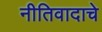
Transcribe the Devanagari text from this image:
नीतिवादाचे